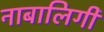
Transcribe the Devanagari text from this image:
नाबालिगी